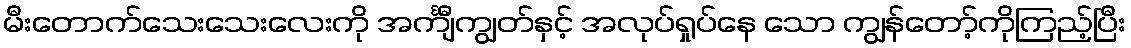
မီးတောက်သေးသေးလေးကို အင်္ကျီကျွတ်နှင့် အလုပ်ရှုပ်နေ သော ကျွန်တော့်ကိုကြည့်ပြီး